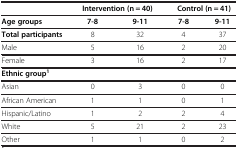
|  | <COLSPAN=2> Intervention (n = 40) | <COLSPAN=2> Control (n = 41) |
 | --- | --- | --- | --- | --- |
 | Age groups | 7-8 | 9-11 | 7-8 | 9-11 |
 | Total participants | 8 | 32 | 4 | 37 |
 | Male | 5 | 16 | 2 | 20 |
 | Female | 3 | 16 | 2 | 17 |
 | Ethnic group1 |  |  |  |  |
 | Asian | 0 | 3 | 0 | 0 |
 | African American | 1 | 1 | 0 | 1 |
 | Hispanic/Latino | 1 | 2 | 2 | 4 |
 | White | 5 | 21 | 2 | 23 |
 | Other | 1 | 1 | 0 | 2 |